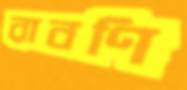
রাবণি